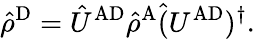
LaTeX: \hat{\rho}^{\mathrm{D}}=\hat{U}^{\mathrm{AD}}\hat{\rho}^{\mathrm{A}}\hat{(}{U}^{\mathrm{AD}})^{\dagger}.